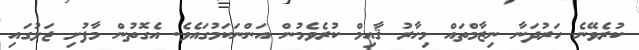
ކުރެވޭނެ ހަރުދަނާ ނިޒާމްތައް މިހާރު ޤާއިމް ކުރެވެމުން އަންނަކަމުގައެވެ. އެގޮތުން މާފުށި ޖަލުގައި